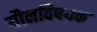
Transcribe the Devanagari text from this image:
यौनविषयक